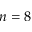
n = 8